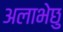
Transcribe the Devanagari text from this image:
अलाभेछु